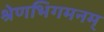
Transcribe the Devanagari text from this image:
श्रेणभिगमनम्